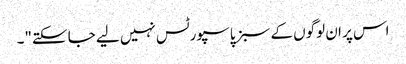
اس پر ان لوگوں کے سبز پاسپورٹس نہیں لیے جا سکتے"۔